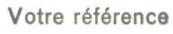
Votre référence